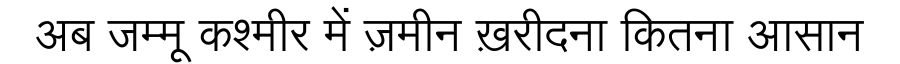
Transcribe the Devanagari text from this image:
अब जम्मू कश्मीर में ज़मीन ख़रीदना कितना आसान